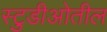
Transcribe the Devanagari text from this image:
स्टुडीओतील